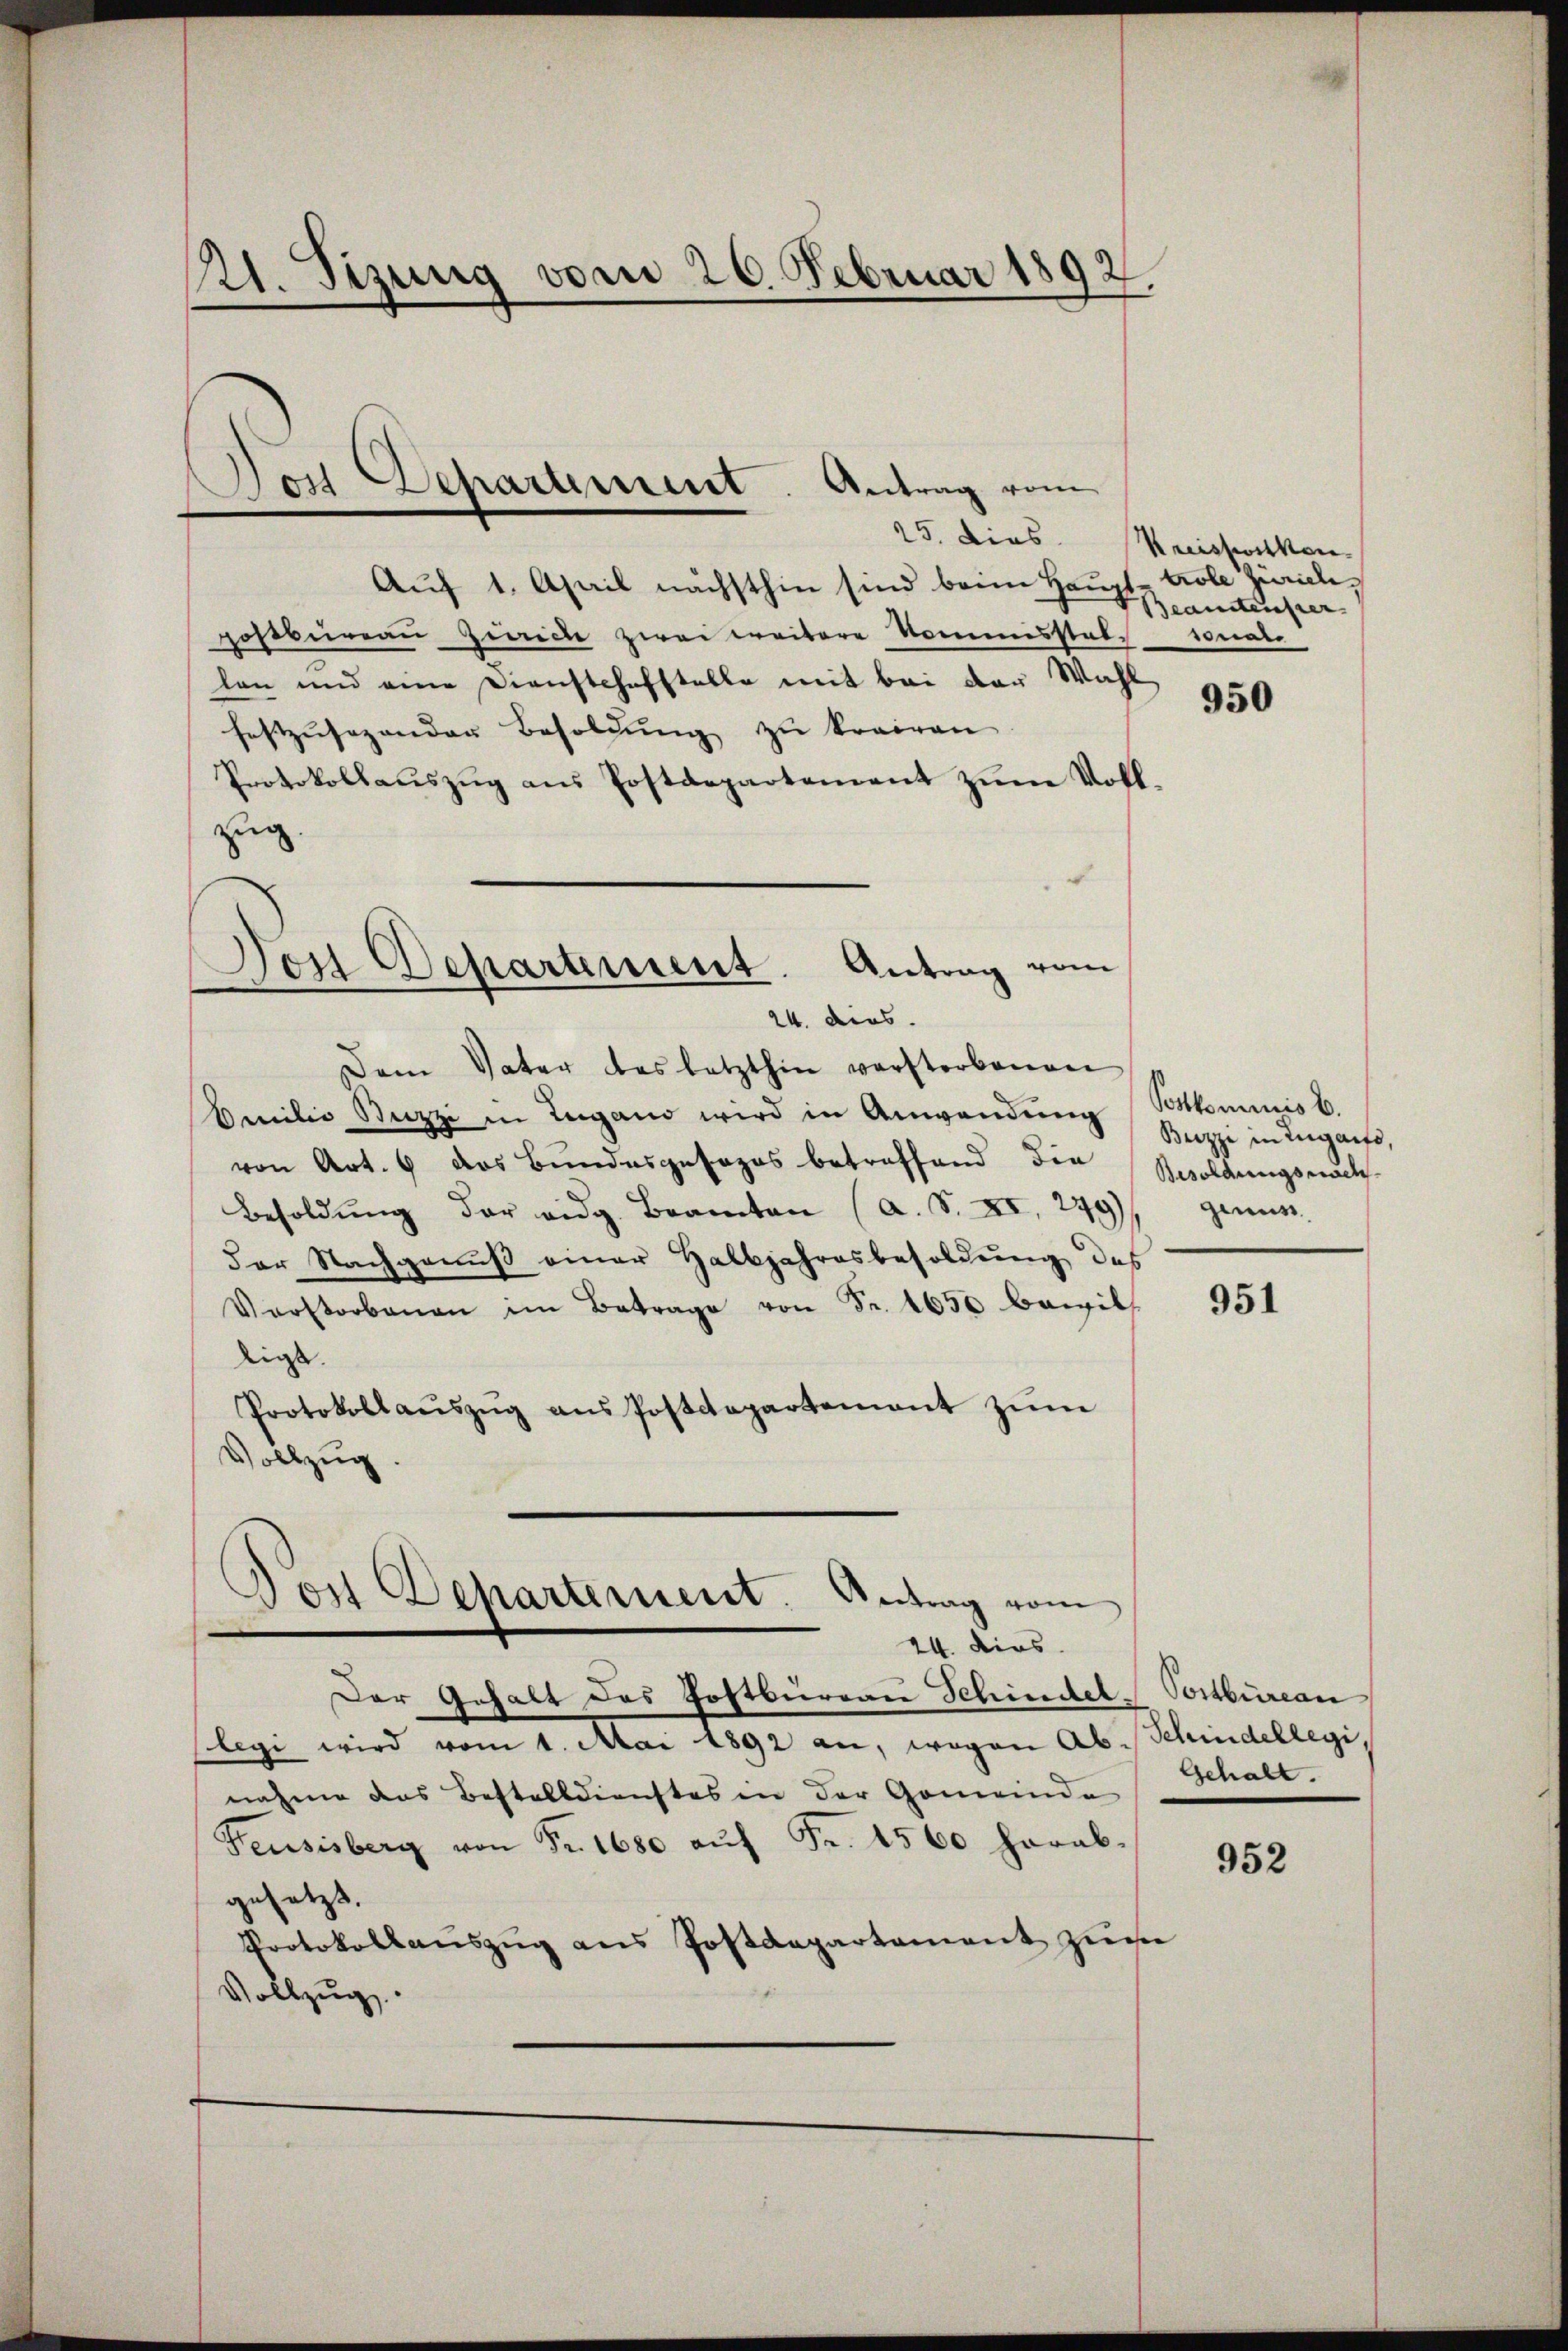
21. Sizung vom 26. Februar 1892.
Jost Departement. Antrag vom
25. dies

24. dies

Dem Vater das letzthin verstorbenen
Amilie Buzzi in Lugand wird in Anwendŭng kommnis b.
von Art. 6 das Bundesgesezes betreffend die
Besoldŭng der eidg. Beamten (a. S. XI. 279)
der Nachgenuß einer Halbjahresbesoldung des
Verstorbenen im Betrage von Fr. 1650 bewil
liess.
Protokollaŭszŭg ans Postdepartement zŭm
Vollzug.

Dos Departement. Antrag vom
24. dies

Auf 1. April nächsthin sind beim Haupt-trole Zürich,
postbureau Zürich zwei weitere Kommisstabe sonale
lan und eine Dienstchefstelle mit bei der Wahl
festzusagenden Besoldŭng zu trairen
Protokollaŭszŭg aŭs Postdepartement zŭm Voll-
zug.
Don Departement. Antrag vom

Kreisswirken
Beamtenster

Der Gehalt des Hoftburgau Schindel (Postbureau
Elegi wird vom 1. Mai 1892 an, wegen Abschindellegi,
nahme das Bestelldienstes in der Gemeinde
Feusisberg von Fr. 1680 aŭf Fr. 1560 herab-
gesetzt.
Protokollauszug aus Postdepartement zum
Vollzug

950

Beizzi in Zugants,
Besoldungsnach
genus

951

Gehalt.

952